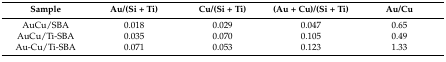
<table><thead><tr><td><b>Sample</b></td><td><b>Au/(Si + Ti)</b></td><td><b>Cu/(Si + Ti)</b></td><td><b>(Au + Cu)/(Si + Ti)</b></td><td><b>Au/Cu</b></td></tr></thead><tbody><tr><td>AuCu/SBA</td><td>0.018</td><td>0.029</td><td>0.047</td><td>0.65</td></tr><tr><td>AuCu/Ti-SBA</td><td>0.035</td><td>0.070</td><td>0.105</td><td>0.49</td></tr><tr><td>Au-Cu/Ti-SBA</td><td>0.071</td><td>0.053</td><td>0.123</td><td>1.33</td></tr></tbody></table>